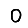
Digit: 0